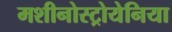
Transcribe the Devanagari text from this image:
मशीनोस्ट्रोयेनिया